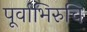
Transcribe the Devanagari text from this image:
पूर्वाभिरुचि